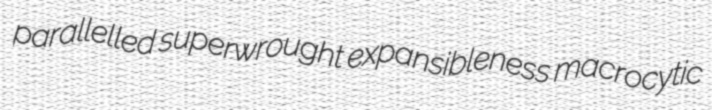
parallelled superwrought expansibleness macrocytic